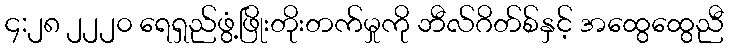
၄:၂၈ ၂၂၂၀ ရေရှည်ဖွံ့ဖြိုးတိုးတက်မှုကို ဘီလ်ဂိတ်စ်နှင့် အထွေထွေညီ